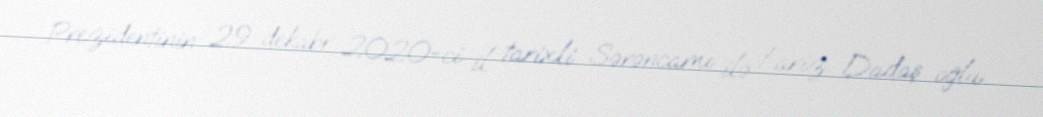
Prezidentinin 29 dekabr 2020-ci il tarixli Sərəncamı ilə Fariz Dadaş oğlu